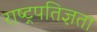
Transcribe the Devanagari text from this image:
राष्ट्रपतिज्ञता